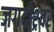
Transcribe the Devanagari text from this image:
जगदीश्र्वर